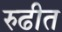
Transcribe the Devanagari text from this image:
रुढीत